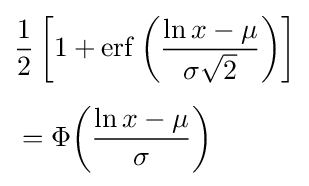
{\begin{aligned}&{\frac {1}{2}}\left[1+\operatorname {erf} \left({\frac {\ln x-\mu }{\sigma {\sqrt {2}}}}\right)\right]\\[1ex]&=\Phi {\left({\frac {\ln x-\mu }{\sigma }}\right)}\end{aligned}}